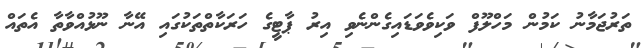
ތަރުޖަމާނު ކަމުން މަހްލޫފް ވަކިވެވަޑައިގެންނެވި އިރު ޕާޓީގެ ހަރަކާތްތަކުގައި އޭނާ ނޫޅުއްވާތާ އެތައް